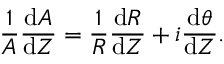
\frac { 1 } { A } \frac { \mathrm { d } A } { \mathrm { d } Z } = \frac { 1 } { R } \frac { \mathrm { d } R } { \mathrm { d } Z } + i \frac { \mathrm { d } \theta } { \mathrm { d } Z } .